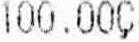
100.000